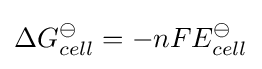
\Delta G_{cell}^{\ominus }=-nFE_{cell}^{\ominus }